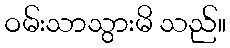
ဝမ်းသာသွားမိ သည်။